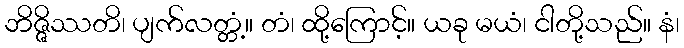
ဘိဇ္ဇိဿတိ၊ ပျက်လတ္တံ့။ တံ၊ ထို့ကြောင့်။ ယခု မယံ၊ ငါတို့သည်။ နံ၊